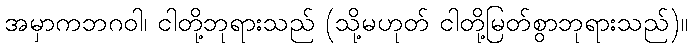
အမှာကဘဂဝါ၊ ငါတို့ဘုရားသည် (သို့မဟုတ် ငါတို့မြတ်စွာဘုရားသည်)။